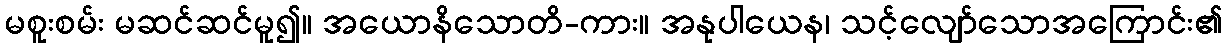
မစူးစမ်း မဆင်ဆင်မူ၍။ အယောနိသောတိ-ကား။ အနုပါယေန၊ သင့်လျော်သောအကြောင်း၏